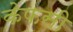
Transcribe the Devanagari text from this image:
केफसी